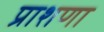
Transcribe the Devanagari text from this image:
प्राशणा